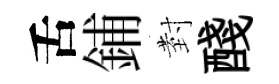
舌鋪𭔹醆